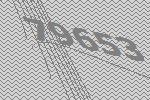
79653